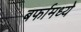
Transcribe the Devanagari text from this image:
बर्फामध्ये